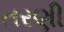
તરણી